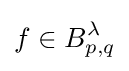
f\in B_{p,q}^{\lambda }